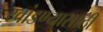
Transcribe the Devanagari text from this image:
खांडण्यासाठी